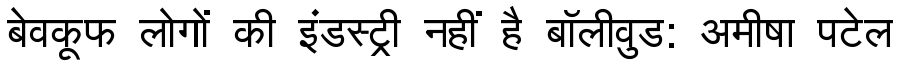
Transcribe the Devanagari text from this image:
बेवकूफ लोगों की इंडस्ट्री नहीं है बॉलीवुड: अमीषा पटेल